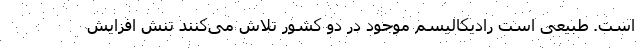
است. طبیعی است رادیکالیسم موجود در دو کشور تلاش می‌کنند تنش افزایش